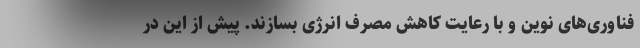
فناوری‌های نوین و با رعایت کاهش مصرف انرژی بسازند. پیش از این در